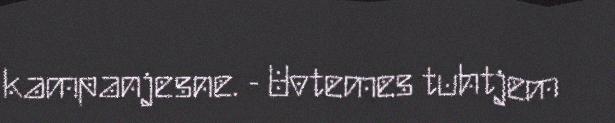
kampanjesne. - Uvtemes tuhtjem